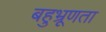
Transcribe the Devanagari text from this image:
बहुभ्रूणता